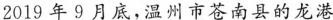
2019年9月底，温州市苍南县的龙港